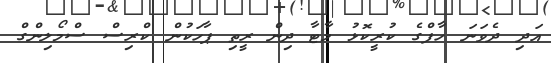
އަދި ދެވަނަ ހާފްގެ ކުރީކޮޅު މާޓާ ދިން ރީތި ޕާހަކުން ކްރިސް ސްމޯލިންގް